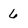
Character: 6